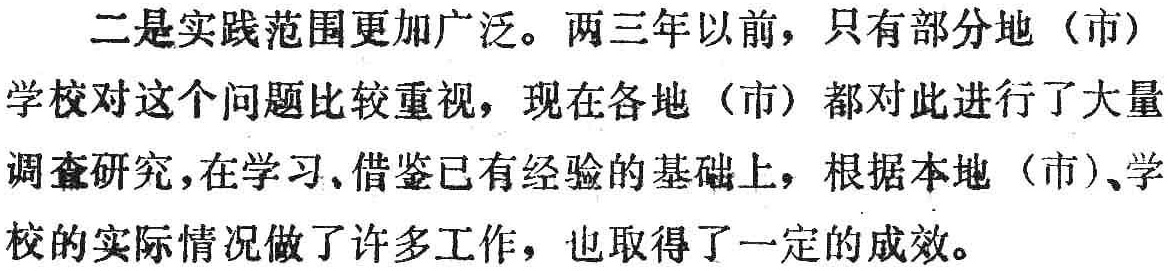
二是实践范围更加广泛。两三年以前，只有部分地（市）学校对这个问题比较重视，现在各地（市）都对此进行了大量调查研究，在学习、借鉴已有经验的基础上，根据本地（市）、学校的实际情况做了许多工作，也取得了一定的成效。